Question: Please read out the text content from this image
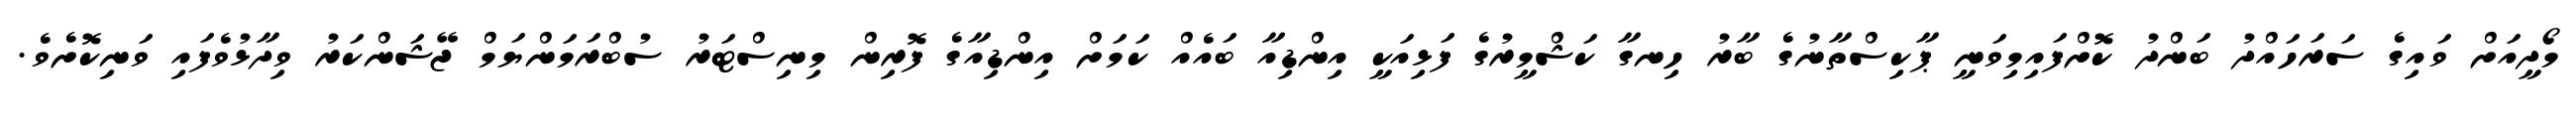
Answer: މޯދީއަށް ވައިގެ ސަރަހައްދު ބަންދު ކޮށްފައިމިވަނީ ޕާކިސްތާނުގެ ބާރު ހިނގާ ކަޝްމީރުގެ ފަޅިއަކީ އިންޑިއާ ބައެއް ކަމަށް އިންޑިއާގެ ފޮރިން މިނިސްޓަރު ސުބްރަމަންޔަމް ޖޭޝަންކަރު ވިދާޅުވެފައި ވަނިކޮށެވެ.